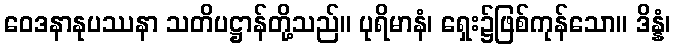
ဝေဒနာနုပဿနာ သတိပဋ္ဌာန်တို့သည်။ ပုရိမာနံ၊ ရှေး၌ဖြစ်ကုန်သော။ ဒိန္နံ၊